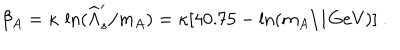
\beta _ { A } = \kappa \, \ln ( \widehat \Lambda _ { s } ^ { \prime } / m _ { A } ) = \kappa [ 4 0 . 7 5 - \ln ( m _ { A } / 1 \mathrm { { G e V } ) ] \ . }